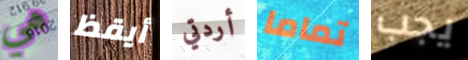
هي أيقظ أردتي تماما يجب